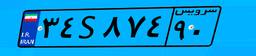
۶۱S۷۱۸۱۸